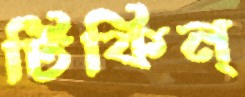
টিকিন্‌